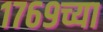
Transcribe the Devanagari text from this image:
१७६९च्या